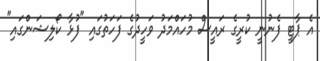
އެ ޕާޓީ ފެނުނީ ކުރީގެ ރައީސް މުހައްމަދު ވަހީދުގެ ފަހަތުގައި "ފުޅާ ކޯލިޝަންގައި"